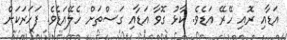
އަޑާއި ރޮއި ހޭރޭ އަޑެވެ. ކާޅު ގޮވާ އަޑާއި ގަސްތަށް ހެލޭއަޑެވެ. ފަހަރަކަށް